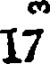
17